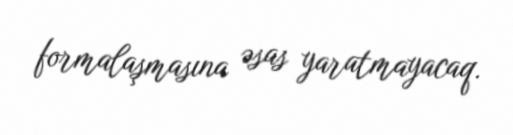
formalaşmasına əsas yaratmayacaq.